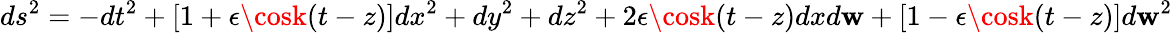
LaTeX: ds^{2}=-dt^{2}+[1+\epsilon\cosk(t-z)]dx^{2}+dy^{2}+dz^{2}+2\epsilon\cosk(t-z)dxd\mathbf{w}+[1-\epsilon\cosk(t-z)]d\mathbf{w}^{2}